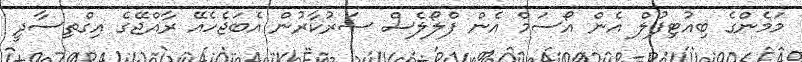
މަމެންގެ ބިއުޓިފުލް އެން އޯސަމް އެން ފްލޯލެސް ސަރުކާރުން އެބަޖެހެއޭ ރާއްޖޭގެ އިގްތިސާދީ